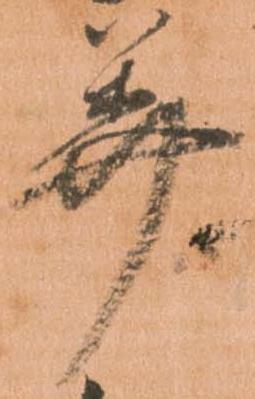
美